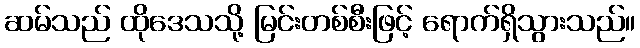
ဆမ်သည် ထိုဒေသသို့ မြင်းတစ်စီးဖြင့် ရောက်ရှိသွားသည်။